Lunatic asylums in Bengal annual reports 1899-1911 - 1899-1911
Year: 1899
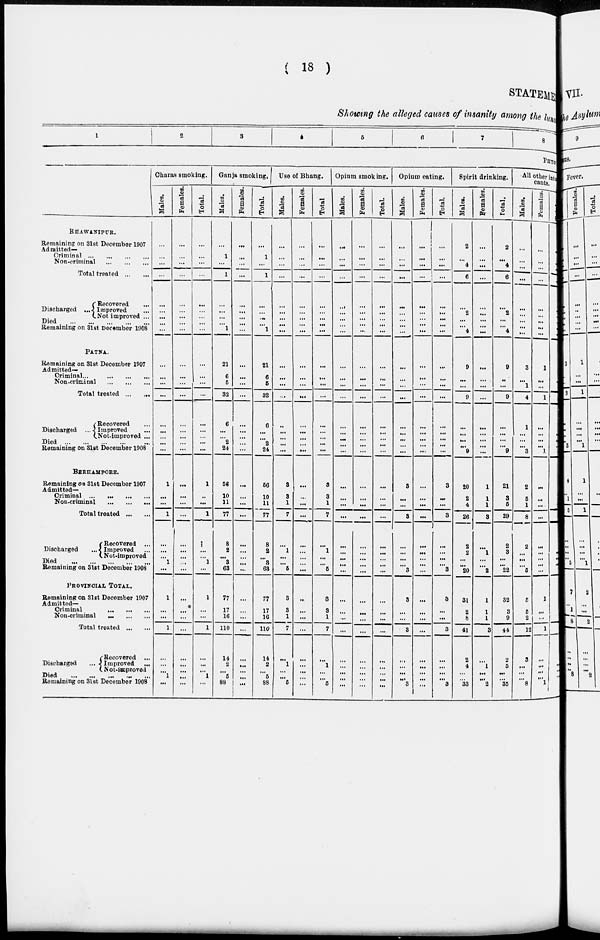
( 18 )
STATEMENT
Showing the alleged causes of insanity among the lunatics
1
2
3
4
5
6
7
8
PHYSICAL
BHAWANIPUR.
Remaining on 31st December 1907
Admitted—
Criminal
...
...
...
...
Non-criminal ... ... ... ...
Total treated ... ...
Discharged
...
Recovered ...
Improved ...
Not-improved ...
Died ... ... ... ... ... ...
Remaining on 31st December 1908
PATNA.
Remaining on 31st December 1907
Admitted¬
Criminal
...
...
...
...
Non-criminal ... ... ... ...
Total treated ... ...
Discharged
...
Recovered ...
Improved ...
Not-improved ...
Died ... ... ... ... ... ...
Remaining on 31st December 1908
BERHAMPORE.
Remaining on 31st December 1907
Admitted¬
Criminal ...
...
...
...
Non-criminal
...
...
...
Total treated ... ...
Discharged
...
Recovered ...
Improved ...
Not-improved
Died ... ... ... ... ... ...
Remaining on 31st December 1908
PROVINCIAL TOTAL.
Remaining on 31st December 1907
Admitted—
Criminal
...
...
...
...
Non-criminal ... ... ... ...
Total treated ... ...
Discharged ...
Recovered ...
Improved ...
Not-improved
Died ... ... ... ... ... ...
Remaining on 31st December 1908
Charas smoking.
Males.
...
...
...
...
...
...
...
...
...
...
...
...
...
...
...
...
...
...
1
...
...
1
...
...
...
1
...
1
...
...
1
...
...
...
1
...
Females.
...
...
...
...
...
...
...
...
...
...
...
...
...
...
...
...
...
...
...
...
...
...
...
...
...
...
...
...
...
...
...
...
...
...
...
...
Total.
...
...
...
...
...
...
...
...
...
...
...
...
...
...
...
...
...
...
1
...
...
1
...
...
...
1
...
1
...
...
1
...
...
...
1
...
Ganja smoking.
Males.
...
1
...
1
...
...
...
...
1
21
6
5
32
6
...
...
2
24
56
10
11
77
8
2
...
3
63
77
17
16
110
14
2
...
5
88
Females.
...
...
...
...
...
...
...
...
...
...
...
...
...
...
...
...
...
...
...
...
...
...
...
...
...
...
...
...
...
...
...
...
...
...
...
...
Total.
...
1
...
1
...
...
...
...
1
21
6
5
32
6
...
...
2
24
56
10
11
77
8
2
...
3
63
77
17
16
110
14
2
...
5
88
Use of Bhang.
Males.
...
...
...
...
...
...
...
...
...
...
...
...
...
...
...
...
...
...
3
3
1
7
...
1
...
...
5
3
3
1
7
...
1
...
...
5
Females.
...
...
...
...
...
...
...
...
...
...
...
...
...
...
...
...
...
...
...
...
...
...
...
...
...
...
...
...
...
...
...
...
...
...
...
...
Total
...
...
...
...
...
...
...
...
...
...
...
...
...
...
...
...
...
...
3
3
1
7
...
1
...
...
5
3
3
1
7
...
1
...
...
5
Opium smoking.
Males.
...
...
...
...
...
...
...
...
...
...
...
...
...
...
...
...
...
...
...
...
...
...
...
...
...
...
...
...
...
...
...
...
...
...
...
...
Females.
...
...
...
...
...
...
...
...
...
...
...
...
...
...
...
...
...
...
...
...
...
...
...
...
...
...
...
...
...
...
...
...
...
...
...
...
Total.
...
...
...
...
...
...
...
...
...
...
...
...
...
...
...
...
...
...
...
...
...
...
...
...
...
...
...
...
...
...
...
...
...
...
...
...
Opium eating.
Males.
...
...
...
...
...
...
...
... ...
...
...
...
...
...
...
...
...
...
3
...
...
3
...
...
...
...
3
3
...
...
3
...
...
...
...
3
Females.
...
...
...
...
...
...
...
...
...
...
...
...
...
...
...
...
...
...
...
...
...
...
...
...
...
...
...
...
...
...
...
...
...
...
...
...
Total.
...
...
...
...
...
...
...
...
...
...
...
...
...
...
...
...
...
...
3
...
...
3
...
...
...
...
3
3
...
...
3
...
...
...
...
3
Spirit drinking.
Males.
2
...
4
6
...
2
...
...
4
9
...
...
9
...
...
...
...
9
20
2
4
26
2
2
...
...
20
31
2
8
41
2
4
...
...
33
Females.
...
...
...
...
...
...
...
...
...
...
...
...
...
...
...
...
...
...
1
1
1
3
...
1
...
...
2
1
1
1
3
...
1
...
...
2
Total.
2
...
4
6
...
2
...
...
4
9
...
...
9
...
...
...
...
9
21
3
5
29
2
3
...
...
22
32
3
9
44
2
5
...
...
35
All other into
cants.
Males.
...
...
...
...
...
...
...
...
...
3
...
1
4
1
...
...
...
3
2
5
1
8
2
...
...
...
5
5
5
2
12
3
...
...
...
8
Females.
...
...
...
...
...
...
...
...
...
1
...
...
1
...
...
...
...
1
...
...
...
...
...
...
...
...
...
1
...
...
1
...
...
...
...
1
Tot al .
...
...
...
...
...
...
...
...
...
4
...
1
5
1
...
...
...
4
2
5
1
8
2
...
...
...
5
6
5
2
13
3
...
...
...
9